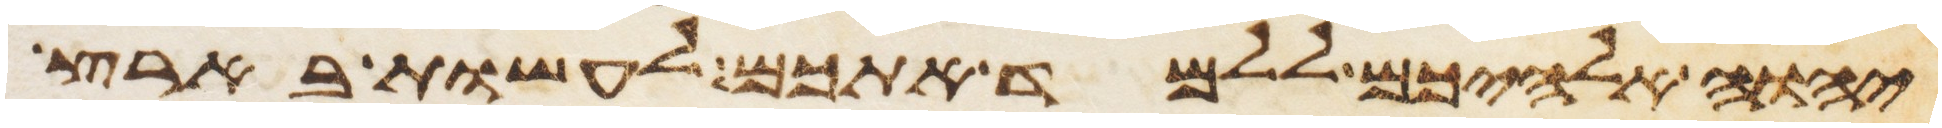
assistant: יהוה אלהיכם ללמד אתכם לעשות בארץ